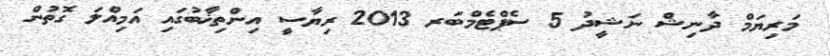
މަރިޔަމް ދާނިޝް ނަޝީދު 5 ސެޕްޓެމްބަރ 2013 ރިޔާސީ އިންތިޚާބުގައި އަމިއްލަ ގޮތުން